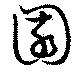
園